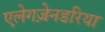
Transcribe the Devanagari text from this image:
एलेगज़ेनडरिया